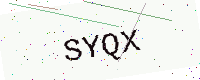
Text: SYQX